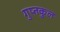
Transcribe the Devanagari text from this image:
गुप्तकुल